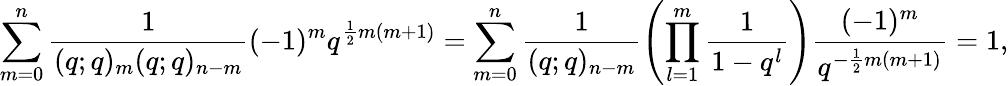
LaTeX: \sum_{m=0}^{n}\frac{1}{(q;q)_{m}(q;q)_{n-m}}(-1)^{m}q^{\frac{1}{2}m(m+1)}=\sum_{m=0}^{n}\frac{1}{(q;q)_{n-m}}\left(\prod_{l=1}^{m}\frac{1}{1-q^{l}}\right)\frac{(-1)^{m}}{q^{-\frac{1}{2}m(m+1)}}=1,